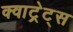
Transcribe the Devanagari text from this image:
क्वाट्रेट्स